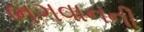
ભગવાનની